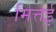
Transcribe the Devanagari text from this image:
मित्तई